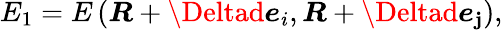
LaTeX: E_{1}=E\left(\boldsymbol{R}+\Deltad\boldsymbol{e}_{i},\boldsymbol{R}+\Deltad\boldsymbol{e}_{\mathbf{j}}\right),